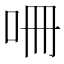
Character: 𭇒